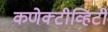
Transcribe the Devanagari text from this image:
कणेक्टीव्हिटी